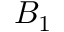
B _ { 1 }